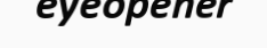
eyeopener